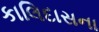
કાલિદાસના